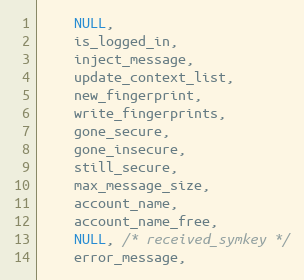
Language: C
    NULL,
    is_logged_in,
    inject_message,
    update_context_list,
    new_fingerprint,
    write_fingerprints,
    gone_secure,
    gone_insecure,
    still_secure,
    max_message_size,
    account_name,
    account_name_free,
    NULL, /* received_symkey */
    error_message,